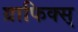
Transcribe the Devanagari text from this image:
ग्राफिक्स्